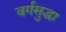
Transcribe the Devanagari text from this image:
वर्गसुद्धा